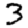
Digit: 3